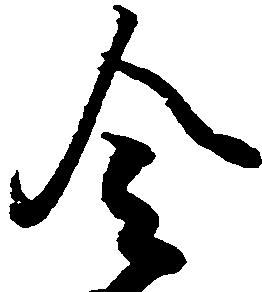
令